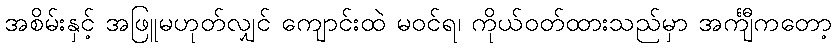
အစိမ်းနှင့် အဖြူမဟုတ်လျှင် ကျောင်းထဲ မဝင်ရ၊ ကိုယ်ဝတ်ထားသည်မှာ အင်္ကျီကတော့